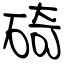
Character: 碕